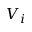
V _ { i }